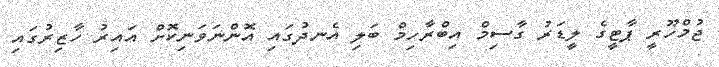
ޖުމްހޫރީ ޕާޓީގެ ލީޑަރު ގާސިމް އިބްރާހިމް ބަލި އެނދުގައި އޮންނަވަނިކޮށް އައިރު ހާޒިރުގައި